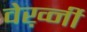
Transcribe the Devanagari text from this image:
वेर्ख़्नी